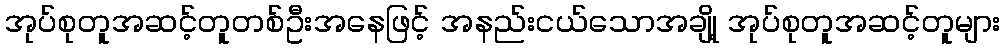
အုပ်စုတူအဆင့်တူတစ်ဦးအနေဖြင့် အနည်းငယ်သောအချို့ အုပ်စုတူအဆင့်တူများ